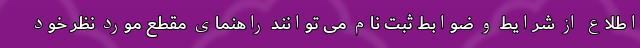
اطلاع از شرایط و ضوابط ثبت نام می توانند راهنمای مقطع مورد نظر خود